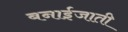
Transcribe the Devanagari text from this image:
बनाईजाती